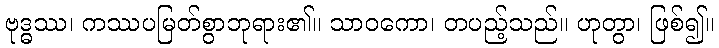
ဗုဒ္ဓဿ၊ ကဿပမြတ်စွာဘုရား၏။ သာဝကော၊ တပည့်သည်။ ဟုတွာ၊ ဖြစ်၍။